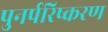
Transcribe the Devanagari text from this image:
पुनर्परिष्करण